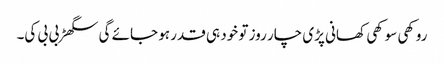
روکھی سوکھی کھانی پڑی چار روز تو خود ہی قدر ہو جائے گی سگھڑ بی بی کی۔